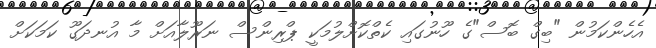
އެހެންކަމުން "ބިގް ބޮސް"ގެ ހޫނުގައި ކެތްކޮށްލުމަކީ ޕްރިންސް ނަރޫލާއަށް މާ އުނދަގޫ ކަމަކަށް